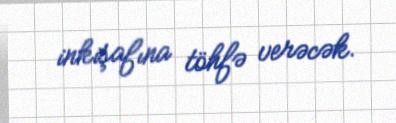
inkişafına töhfə verəcək.